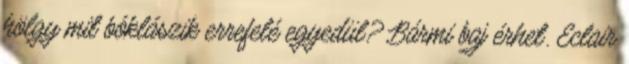
hölgy mit bóklászik errefelé egyedül? Bármi baj érhet. Eclair